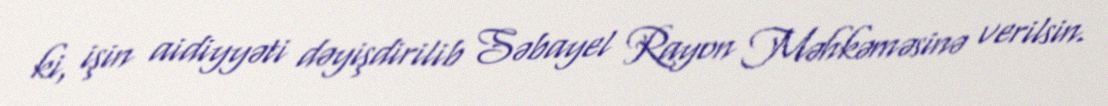
ki, işin aidiyyəti dəyişdirilib Səbayel Rayon Məhkəməsinə verilsin.